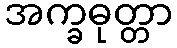
အက္ခဓုတ္တာ